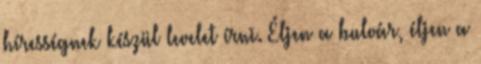
hírességnek készül levelet írni. Éljen a bulvár, éljen a